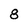
Character: 8